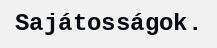
Sajátosságok.